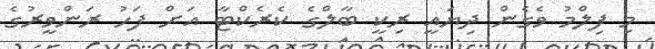
މި ފިލްމު ވެގެން ދިޔައީ ރިކީ ބާލްގެ ކެރެކްޓާ އަށް ފަހު ރަންވީރުގެ